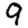
Digit: 9